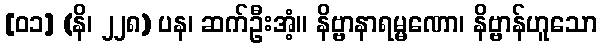
[၀၁] (နိ၊ ၂၂၈) ပန၊ ဆက်ဦးအံ့။ နိဗ္ဗာနာရမ္မဏော၊ နိဗ္ဗာန်ဟူသော